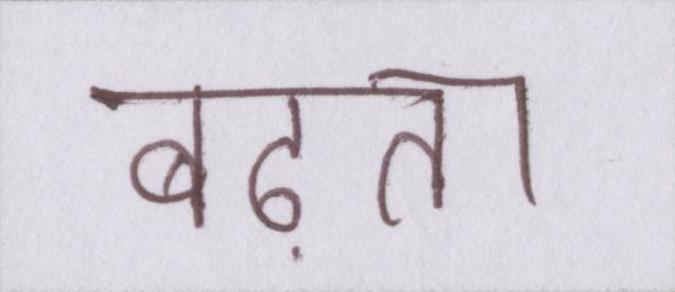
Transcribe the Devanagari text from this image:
बढ़ता